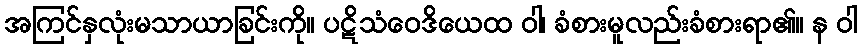
အကြင်နှလုံးမသာယာခြင်းကို။ ပဋိသံဝေဒိယေထ ဝါ၊ ခံစားမူလည်းခံစားရာ၏။ န ဝါ